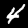
Digit: 4